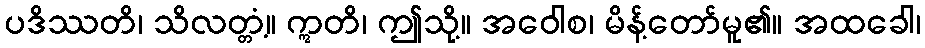
ပဒိဿတိ၊ သိလတ္တံ့။ ဣတိ၊ ဤသို့။ အဝေါစ၊ မိန့်တော်မူ၏။ အထခေါ၊